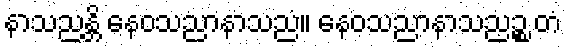
နာသညန္တိ နေဝသညာနာသညံ။ နေဝသညာနာသညဉ္စ တံ